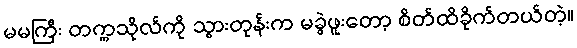
မမကြီး တက္ကသိုလ်ကို သွားတုန်းက မခွဲဖူးတော့ စိတ်ထိခိုက်တယ်တဲ့။